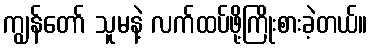
ကျွန်တော် သူမနဲ့ လက်ထပ်ဖို့ကြိုးစားခဲ့တယ်။